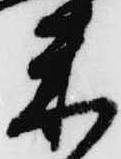
米